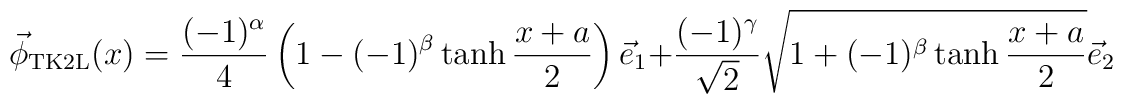
\vec{\phi}_{\rm TK2L}(x)= \frac{(-1)^\alpha}{4}\left(1-(-1)^\beta\tanh \frac{x+a}{2}\right)\vec{e}_1+ \frac{(-1)^\gamma}{\sqrt{2}}\sqrt{1 +(-1)^\beta \tanh \frac{x+a}{2}}\vec{e}_2